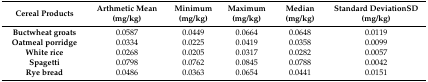
| Cereal Products | Arthmetic Mean(mg/kg) | Minimum(mg/kg) | Maximum(mg/kg) | Median(mg/kg) | Standard DeviationSD (mg/kg) |
 | --- | --- | --- | --- | --- | --- |
 | Buctwheat groats | 0.0587 | 0.0449 | 0.0664 | 0.0648 | 0.0119 |
 | Oatmeal porridge | 0.0334 | 0.0225 | 0.0419 | 0.0358 | 0.0099 |
 | White rice | 0.0268 | 0.0205 | 0.0317 | 0.0282 | 0.0057 |
 | Spagetti | 0.0798 | 0.0762 | 0.0845 | 0.0788 | 0.0042 |
 | Rye bread | 0.0486 | 0.0363 | 0.0654 | 0.0441 | 0.0151 |